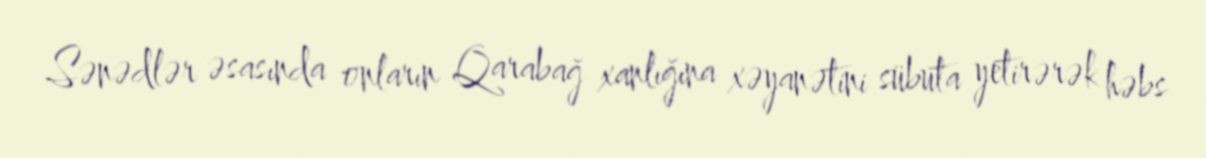
Sənədlər əsasında onların Qarabağ xanlığına xəyanətini sübuta yetirərək həbs